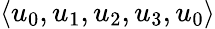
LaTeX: \langle u_{0},u_{1},u_{2},u_{3},u_{0}\rangle